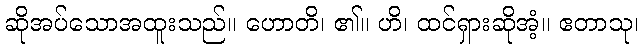
ဆိုအပ်သောအထူးသည်။ ဟောတိ၊ ၏။ ဟိ၊ ထင်ရှားဆိုအံ့။ ဧတာသု၊